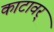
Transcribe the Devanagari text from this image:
काटावर्